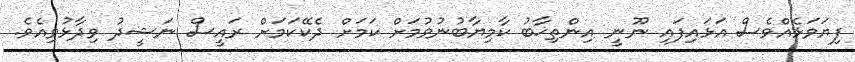
ފިޔަވަޅެއްވެސް އަަޅައިފައި ނޫނީ އިންތިޚާބު ކާމިޔާބުނުވުމަށް ކަމަށް ދެކޭކަމަށް ރައީސް ނަޝީދު ވިދާޅުވިއެވެ.